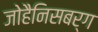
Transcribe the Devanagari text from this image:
जोहैनिसबर्ग